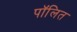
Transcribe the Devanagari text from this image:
पॉलित